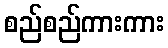
စည်စည်ကားကား